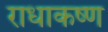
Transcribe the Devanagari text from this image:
राधाकष्‍ण